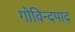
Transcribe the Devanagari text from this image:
गोविन्दपाद